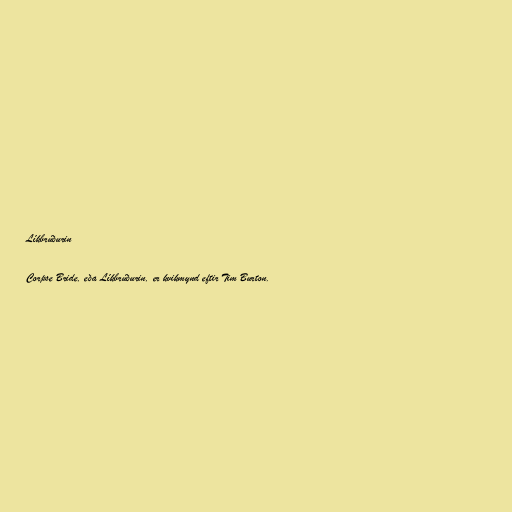
Líkbrúðurin

Corpse Bride, eða Líkbrúðurin, er kvikmynd eftir Tim Burton.